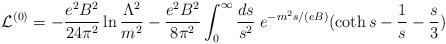
LaTeX: \begin{align*}{\cal L}^{(0)}=-\frac{e^2 B^2}{24\pi ^{2}}\ln \frac{\Lambda ^{2}}{m^{2}}-\frac{e^2 B^2}{8\pi ^{2}}\int_{0}^{\infty} \frac{ds}{s^{2}}\;e^{-m^2s/(eB)}(\coth s-\frac{1}{s}-\frac{s}{3})\end{align*}